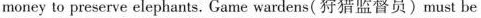
money to preserve elephants. Game wardens( 狩猎监督员)must be